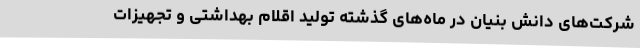
شرکت‌های دانش بنیان در ماه‌های گذشته تولید اقلام بهداشتی و تجهیزات